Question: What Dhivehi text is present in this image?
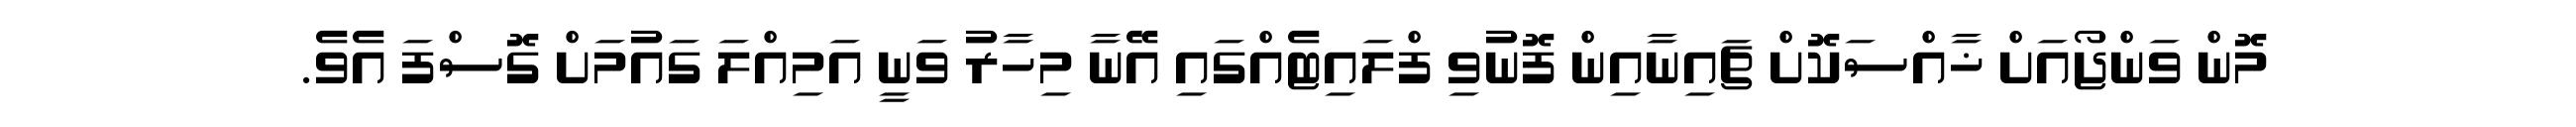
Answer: މޮން ވަންޖޯއަށް ޚާއްސަކޮށް ޗައިނާއިން ފޮނުވި ފްލައިޓެއްގައި އޭނާ މިހާރު ވަނީ އަމިއްލަ ގައުމަށް ގޮސްފަ އެވެ.